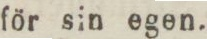
för sin egen.